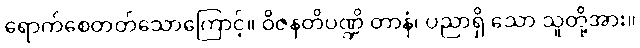
ရောက်စေတတ်သောကြောင့်။ ဝိဇနတိပဏ္ဍိ တာနံ၊ ပညာရှိ သော သူတို့အား။